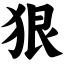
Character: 狠